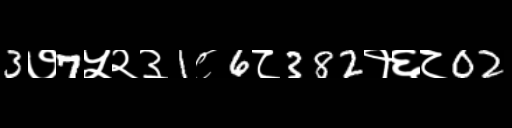
Text: 3७7५२३1८6८382१६८02